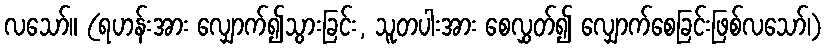
လသော်။ (ရဟန်းအား လျှောက်၍သွားခြင်း, သူတပါးအား စေလွှတ်၍ လျှောက်စေခြင်းဖြစ်လသော်၊)